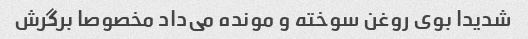
شدیدا بوی روغن سوخته و مونده می‌داد مخصوصا برگرش